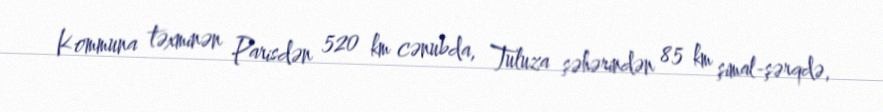
Kommuna təxminən Parisdən 520 km cənubda, Tuluza şəhərindən 85 km şimal-şərqdə,